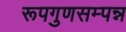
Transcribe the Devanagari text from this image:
रूपगुणसम्पन्न